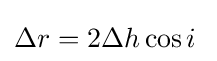
\Delta r=2\Delta h\cos i\;